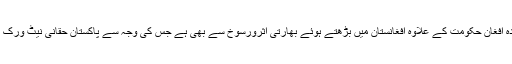
پاکستان کے تحفظات کا تعلق موجودہ افغان حکومت کے علاوہ افغانستان میں بڑھتے ہوئے بھارتی اثرورسوخ سے بھی ہے جس کی وجہ سے پاکستان حقانی نیٹ ورک کی حمایت جاری رکھے ہوئے ہے۔